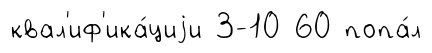
квал'иф'ика́циjи 3-10 60 попа́л